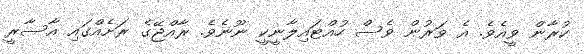
ކުރާން ވީއެވެ. އެ ވަރުން ވެސް ހުއްޓައިލާނީކީ ނޫނެވެ. ރާއްޖޭގެ ރަށެއްގައި އާސާރީ